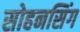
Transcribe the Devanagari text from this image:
सोहनसिंग